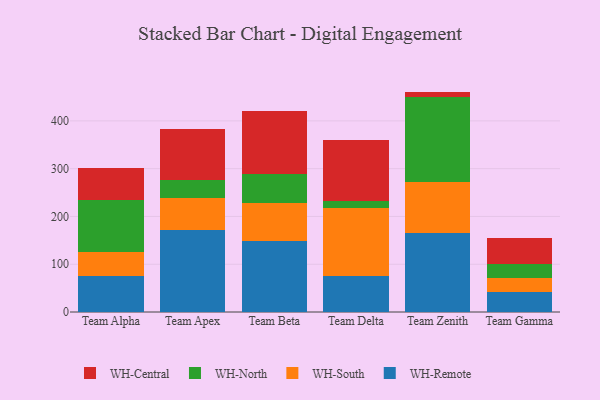
{"axis": {"x": "Team", "y": "Tickets Resolved"}, "legend": ["WH-Central", "WH-North", "WH-Remote", "WH-South"], "data": [{"x": "Team Alpha", "y": 74.5, "type": "WH-Remote"}, {"x": "Team Alpha", "y": 50.4, "type": "WH-South"}, {"x": "Team Alpha", "y": 110.3, "type": "WH-North"}, {"x": "Team Alpha", "y": 65.4, "type": "WH-Central"}, {"x": "Team Apex", "y": 171.2, "type": "WH-Remote"}, {"x": "Team Apex", "y": 66.8, "type": "WH-South"}, {"x": "Team Apex", "y": 38.4, "type": "WH-North"}, {"x": "Team Apex", "y": 107.5, "type": "WH-Central"}, {"x": "Team Beta", "y": 149.1, "type": "WH-Remote"}, {"x": "Team Beta", "y": 78.9, "type": "WH-South"}, {"x": "Team Beta", "y": 59.8, "type": "WH-North"}, {"x": "Team Beta", "y": 132.7, "type": "WH-Central"}, {"x": "Team Delta", "y": 75.8, "type": "WH-Remote"}, {"x": "Team Delta", "y": 141.2, "type": "WH-South"}, {"x": "Team Delta", "y": 14.9, "type": "WH-North"}, {"x": "Team Delta", "y": 127.6, "type": "WH-Central"}, {"x": "Team Zenith", "y": 166.3, "type": "WH-Remote"}, {"x": "Team Zenith", "y": 105.6, "type": "WH-South"}, {"x": "Team Zenith", "y": 178.7, "type": "WH-North"}, {"x": "Team Zenith", "y": 10.7, "type": "WH-Central"}, {"x": "Team Gamma", "y": 42.7, "type": "WH-Remote"}, {"x": "Team Gamma", "y": 27.8, "type": "WH-South"}, {"x": "Team Gamma", "y": 30.9, "type": "WH-North"}, {"x": "Team Gamma", "y": 53.3, "type": "WH-Central"}]}